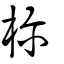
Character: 檷